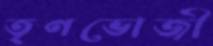
তৃণভোজী